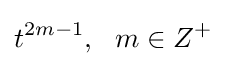
t^{2m-1},\ \ m\in Z^{+}